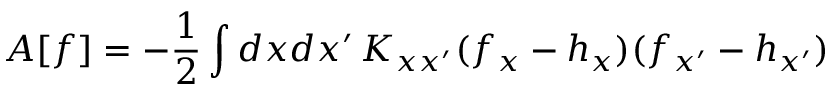
A [ f ] = - \frac { 1 } { 2 } \int d x d x ^ { \prime } \, K _ { x x ^ { \prime } } ( f _ { x } - h _ { x } ) ( f _ { x ^ { \prime } } - h _ { x ^ { \prime } } )